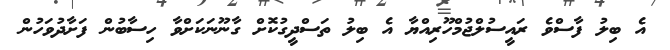
އެ ބިލު ފާސްވެ ރައީސުލްޖުމްހޫރިއްޔާ އެ ބިލު ތަސްދީގުކޮށް ގާނޫނަކަށްވާ ހިސާބުން ފަށާދުވަހުން